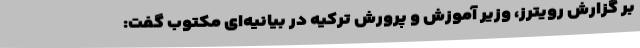
بر گزارش رویترز، وزیر آموزش و پرورش ترکیه در بیانیه‌ای مکتوب گفت: